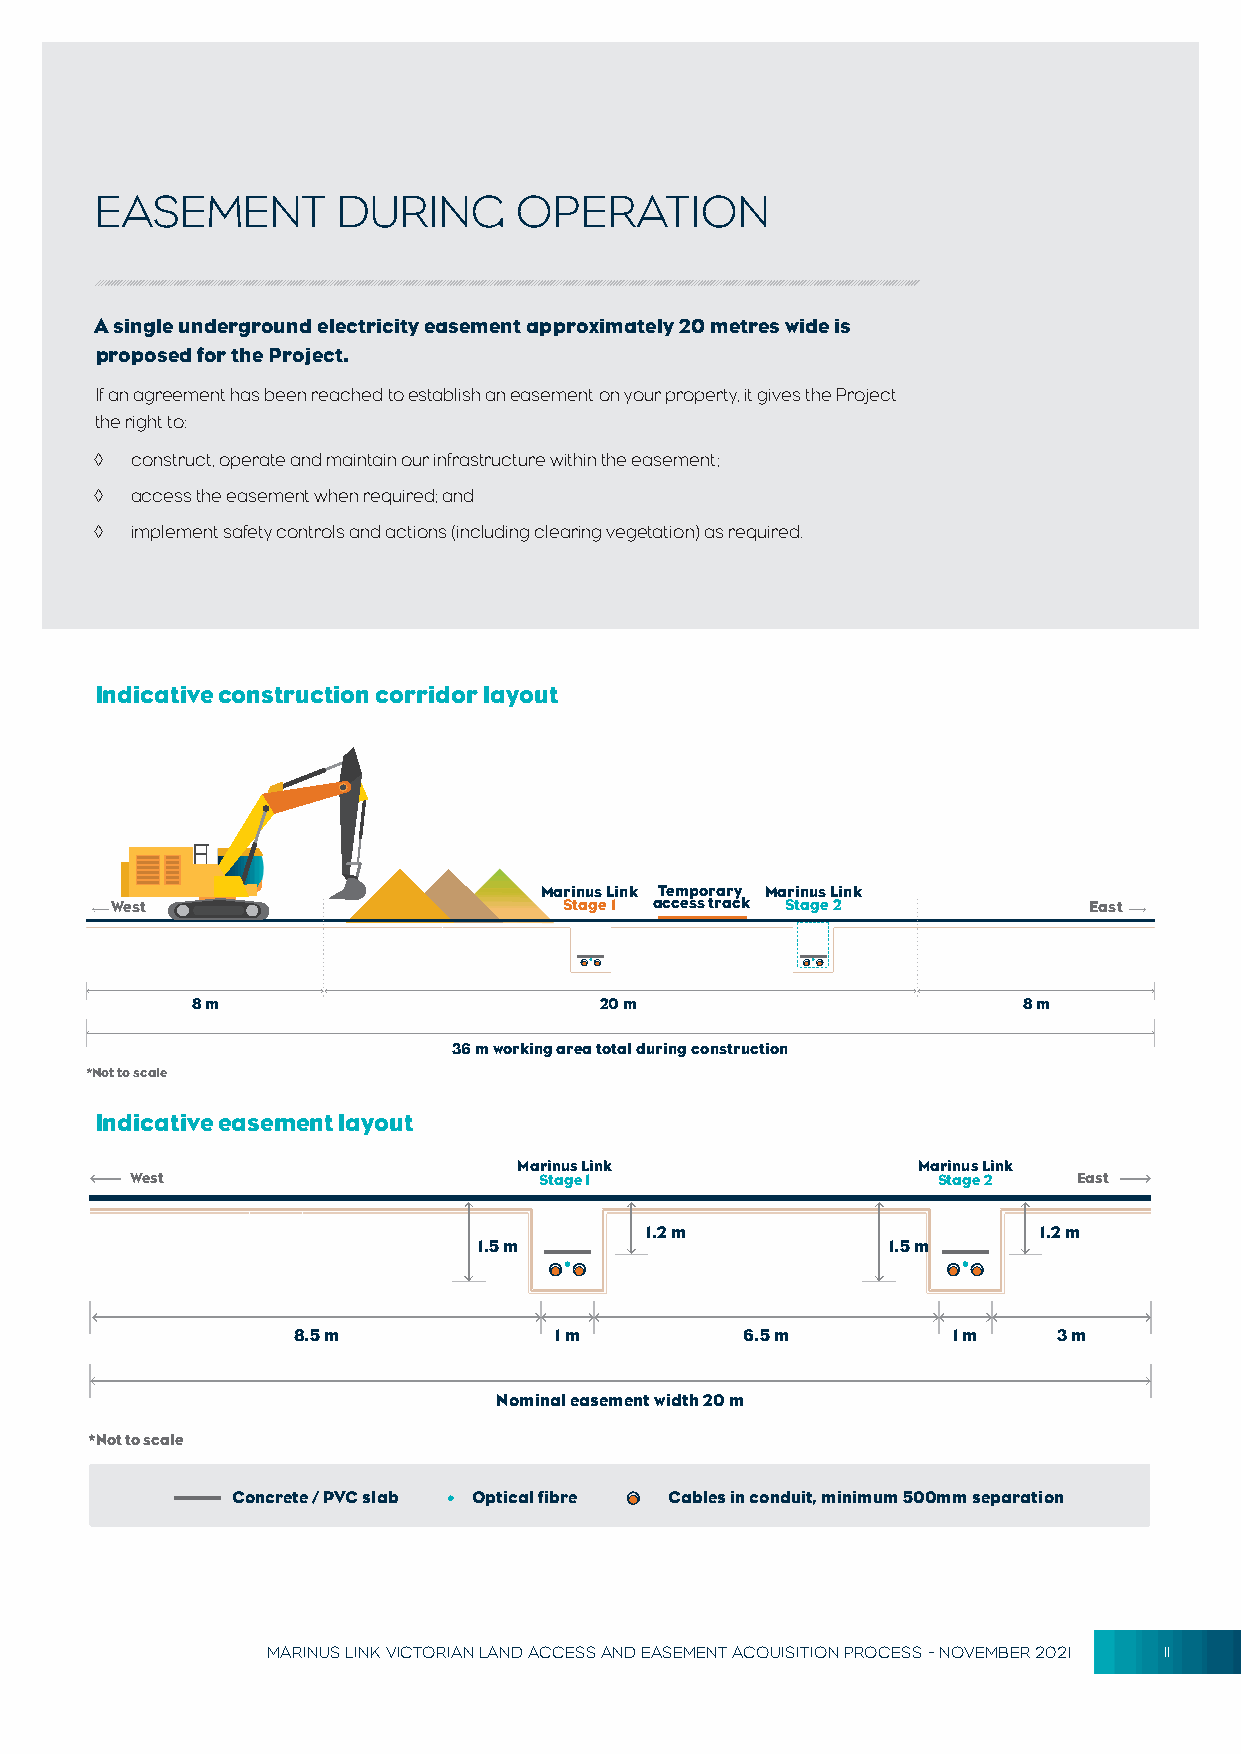
EASEMENT        DURING      OPERATION
 A single underground electricity easement approximately 20 metres wide is
 proposed for the Project.
 If an agreement has been reached to establish an easement on your property, it gives the Project
 the right to:
 ◊  construct, operate and maintain our infrastructure within the easement;
 ◊  access the easement when required; and
 ◊  implement safety controls and actions (including clearing vegetation) as required.
 Indicative construction corridor layout
 Marinus Link Temporary Marinus Link
 West                          Stage 1 access track Stage 2       East
 8 m                        20 m                        8 m
 36 m working area total during construction
 *Not to scale
 Indicative easement layout
 Marinus Link               Marinus Link
 West                       Stage 1                   Stage 2  East
 1.2 m                     1.2 m
 1.5 m                      1.5 m
 8.5 m             1 m         6.5 m         1 m    3 m
 Nominal easement width 20 m
 *Not to scale
 Concrete / PVC slab Optical fibre Cables in conduit, minimum 500mm separation
 MARINUS LINK VICTORIAN LAND ACCESS AND EASEMENT ACQUISITION PROCESS - NOVEMBER 2021 11